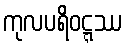
ကုလပရိဝဋ္ဋဿ